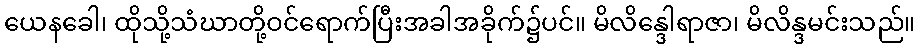
ယေနခေါ၊ ထိုသို့သံဃာတို့ဝင်ရောက်ပြီးအခါအခိုက်၌ပင်။ မိလိန္ဒေါရာဇာ၊ မိလိန္ဒမင်းသည်။